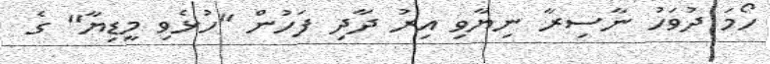
ހޯމަ ދުވަހު ނާސިރާ ނިޔާވި އިރު ދާދި ފަހުން "ހުޅެވި މީޑިޔާ" ގެ